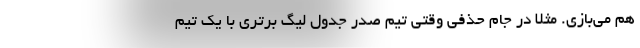
هم می‌بازی. مثلاً در جام حذفی وقتی تیم صدر جدول لیگ برتری با یک تیم